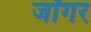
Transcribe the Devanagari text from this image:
जॉगर